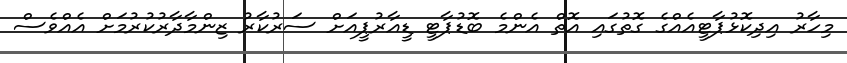
މިހާރު އިދިކޮޅުޕާޓީއެއްގެ ގޮތުގައި އޮތް އެންމެ ބޮޑުޕާޓީ ޑީއާރުޕީއަށް ސަރުކާރު ޒިންމާދާރުކުރުމަށް އެއްވެސް